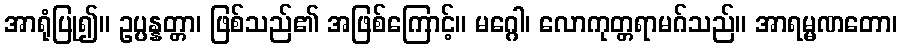
အာရုံပြု၍။ ဥပ္ပန္နတ္တာ၊ ဖြစ်သည်၏ အဖြစ်ကြောင့်။ မဂ္ဂေါ၊ လောကုတ္တရာမဂ်သည်။ အာရမ္မဏတော၊